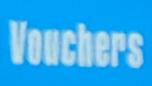
vouchers